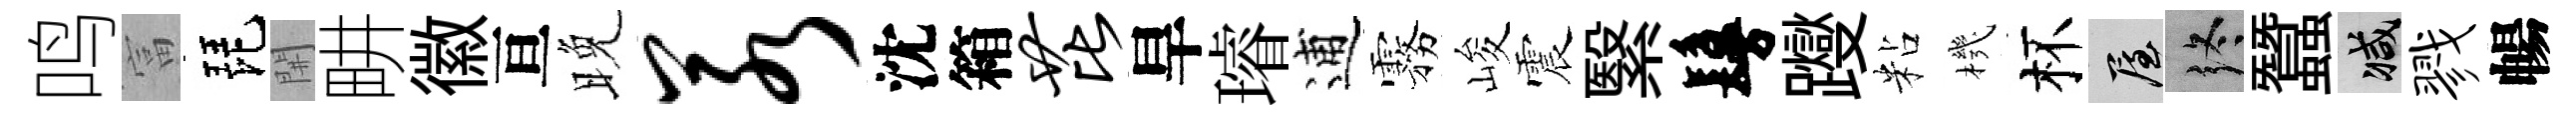
鸣富琵𨳩畊徽亘晚若沈箱芘旱璿逋霧峻震繄鬘躞粘機杯屋终蠶减戮暢